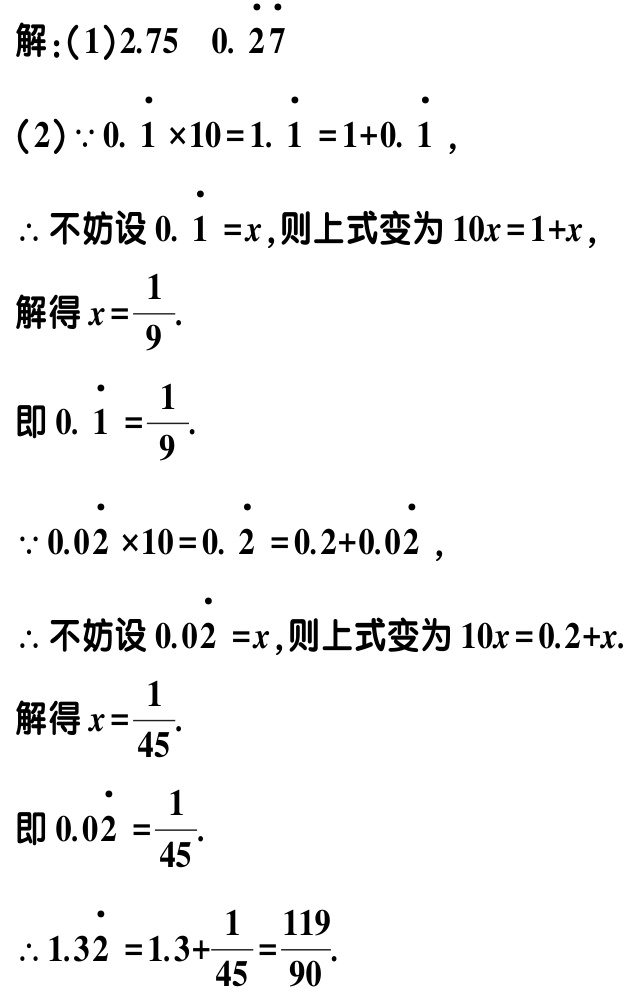
解：(1)$2.75$  $0.\dot{2}\dot{7}$

(2)$\because 0.\dot{1} \times 10 = 1.\dot{1}=1 + 0.\dot{1}$，

$\therefore$不妨设$0.\dot{1}=x$,则上式变为$10x = 1 + x$，

解得$x=\frac{1}{9}$.

即$0.\dot{1}=\frac{1}{9}$.

$\because 0.0\dot{2} \times 10 = 0.\dot{2}=0.2 + 0.0\dot{2}$，

$\therefore$不妨设$0.0\dot{2}=x$,则上式变为$10x = 0.2 + x$.

解得$x=\frac{1}{45}$.

即$0.0\dot{2}=\frac{1}{45}$.

$\therefore 1.3\dot{2}=1.3+\frac{1}{45}=\frac{119}{90}$.